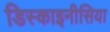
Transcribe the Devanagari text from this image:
डिस्काइनीसिया